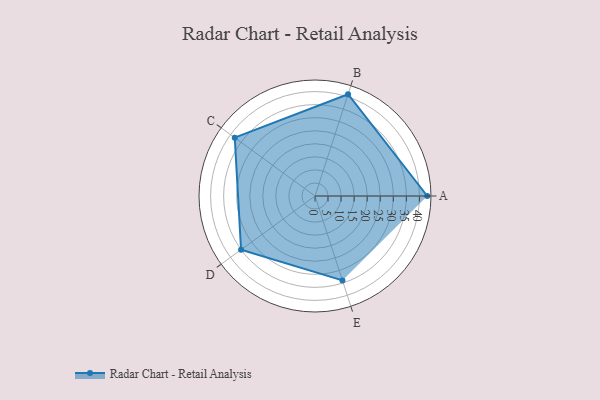
{"axis": {"x": "Skill", "y": "Score"}, "legend": ["Profile"], "data": [{"x": "A", "y": 43.0, "type": "Profile"}, {"x": "B", "y": 41.0, "type": "Profile"}, {"x": "C", "y": 38.0, "type": "Profile"}, {"x": "D", "y": 35.0, "type": "Profile"}, {"x": "E", "y": 34.0, "type": "Profile"}]}